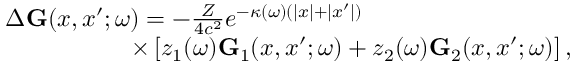
\begin{array} { r } { \Delta \ensuremath { \mathbf { G } } ( x , x ^ { \prime } ; \omega ) = - \frac { Z } { 4 c ^ { 2 } } e ^ { - \kappa ( \omega ) ( | x | + | x ^ { \prime } | ) } \phantom { x x x x x x x x x x x x x x x } } \\ { \times \left[ z _ { 1 } ( \omega ) \ensuremath { \mathbf { G } } _ { 1 } ( x , x ^ { \prime } ; \omega ) + z _ { 2 } ( \omega ) \ensuremath { \mathbf { G } } _ { 2 } ( x , x ^ { \prime } ; \omega ) \right] , } \end{array}